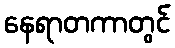
နေရာတကာတွင်